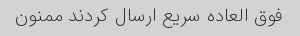
فوق العاده سریع ارسال کردند ممنون